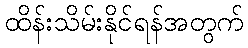
ထိန်းသိမ်းနိုင်ရန်အတွက်